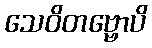
သေဝိတဗ္ဗောပိ